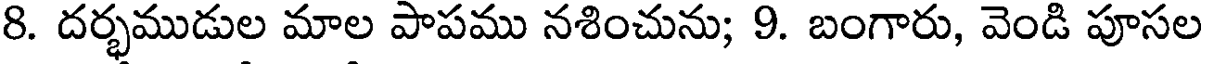
8. దర్భముడుల మాల పాపము నశించును; 9. బంగారు, వెండి పూసల